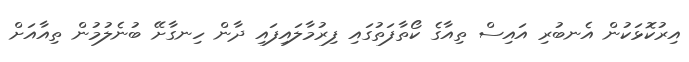
އިރުކޮޅަކުން އެނބުރި އައިސް ތިއާގެ ކޯތާފަތުގައި ފިރުމާލައިފައި ދާން ހިނގާށޭ ބުނެލުމުން ތިއާއަށް